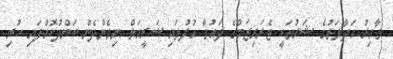
ވާއިރު އަދާލަތުގެ ޝަރުތަކީ ޓެރަރިޒަމްގެ ދައުވާ އުފުލައި ޝަރީއަތް ނިމެންދެން ބަންދުކޮށްފައި ހުރި